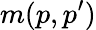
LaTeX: m(p,p^{\prime})